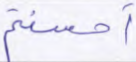
أحسنتم